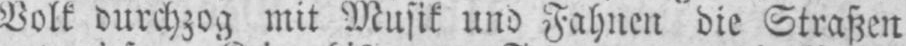
Volk durchzog mit Musik und Fahnen die Straßen